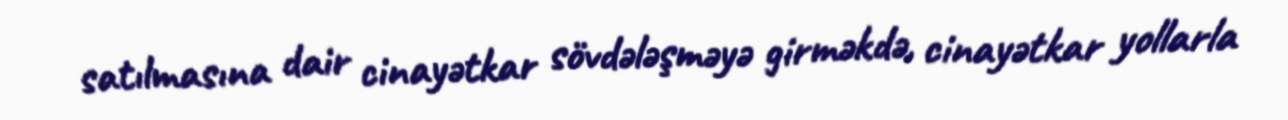
satılmasına dair cinayətkar sövdələşməyə girməkdə, cinayətkar yollarla